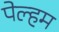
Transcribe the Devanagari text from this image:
पेल्हम